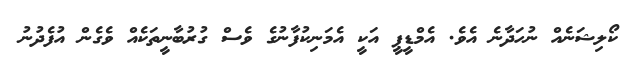
ކޯލިޝަނެއް ނުހަދާނެ އެވެ. އެމްޑީޕީ އަކީ އެމަނިކުފާނުގެ ވެސް ގުރުބާނީތަކެއް ވެގެން އުފެދުނު